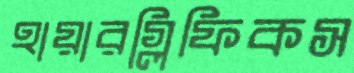
হায়ারগ্লিফিকস